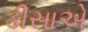
ડીસાએ